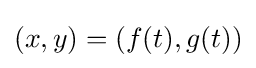
(x,y)=(f(t),g(t))